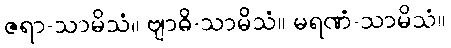
ဇရာ-သာမိသံ။ ဗျာဓိ-သာမိသံ။ မရဏံ-သာမိသံ။